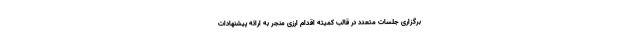
برگزاری جلسات متعدد در قالب کمیته اقدام ارزی منجر به ارائه پیشنهادات